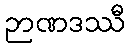
ဉာဏဒဿီ